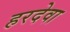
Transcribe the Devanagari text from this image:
हरदेवा